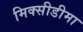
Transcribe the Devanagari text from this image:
मिक्सीडीमा